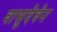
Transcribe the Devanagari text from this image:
वासुदेवेन